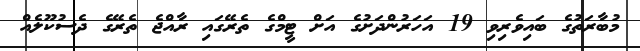
މުބާރަތުގެ ބައިވެރިވި 19 އަހަރުންދަށުގެ އަށް ޓީމްގެ ތެރޭގައި ރާއްޖެ ތެރޭގެ ދެސުކޫލެއް